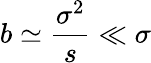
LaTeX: b\simeq{\frac{\sigma^{2}}{s}}\ll\sigma